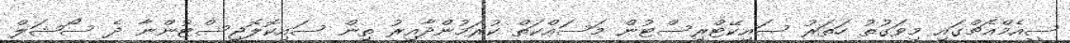
ސީއެމްއެޗްގައި މިވަގުތު ހަތަރު ސައިކޭޓްރިސްޓުން މަސައްކަތް ކުރަމުންދާއިރު ތިން ސައިކޮލޮޖިސްޓުންނާ ދެ ސޯޝަލް